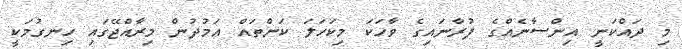
މި ދައްކަނީ އިންސާނެއްގެ ފުރާނައިގެ ވާހަަކަ މިކަހަލަ ކަންތައް އަމުދުން މިރާއްޖޭގައި ހިނގުމަކީ